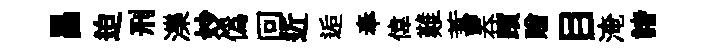
昌迫刑濼妙偽回近逅奉偉難蓄吞躓贈目淹諸